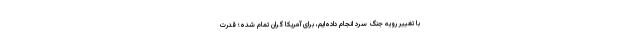
با تغییر رویه جنگ سرد انجام داده‌ایم، برای آمریکا گران تمام شده؛ قدرت